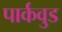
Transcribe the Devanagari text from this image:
पार्कवुड